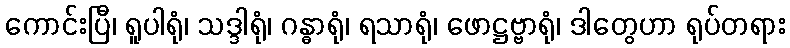
ကောင်းပြီ၊ ရူပါရုံ၊ သဒ္ဒါရုံ၊ ဂန္ဓာရုံ၊ ရသာရုံ၊ ဖောဋ္ဌဗ္ဗာရုံ၊ ဒါတွေဟာ ရုပ်တရား